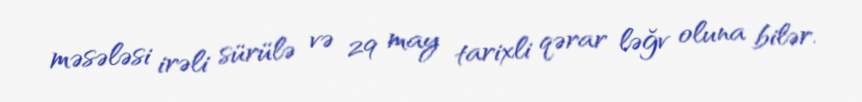
məsələsi irəli sürülə və 29 may tarixli qərar ləğv oluna bilər.